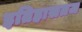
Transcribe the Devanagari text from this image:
इतिहासतज